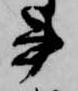
書